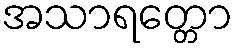
အသာရတ္တော